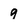
Character: 9